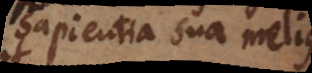
sapientia sua melius